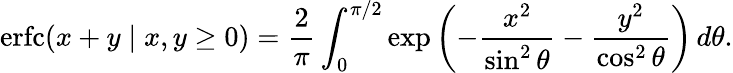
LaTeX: \operatorname{erfc}(x+y\mid x,y\geq 0)={\frac{2}{\pi}}\int_{0}^{\pi/2}\exp\left(-{\frac{x^{2}}{\sin^{2}\theta}}-{\frac{y^{2}}{\cos^{2}\theta}}\right)\, d\theta.